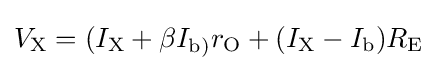
V_{\text{X}}=(I_{\text{X}}+\beta I_{\text{b)}}r_{\text{O}}+(I_{\text{X}}-I_{\text{b}})R_{\text{E}}